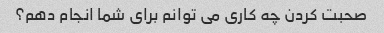
صحبت کردن چه کاری می توانم برای شما انجام دهم؟